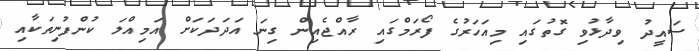
ސައީދު ވިދާޅުވި ގޮތުގައި މިއަހަރުގެ ފޯރަމްގައި ރާއްޖެއިން ގިނަ އަދަދަކަށް އަމިއްލަ ކުންފުނިތަކާއި